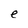
Character: e